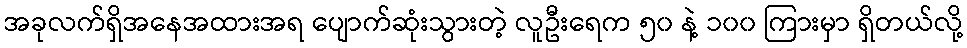
အခုလက်ရှိအနေအထားအရ ပျောက်ဆုံးသွားတဲ့ လူဦးရေက ၅၀ နဲ့ ၁၀၀ ကြားမှာ ရှိတယ်လို့